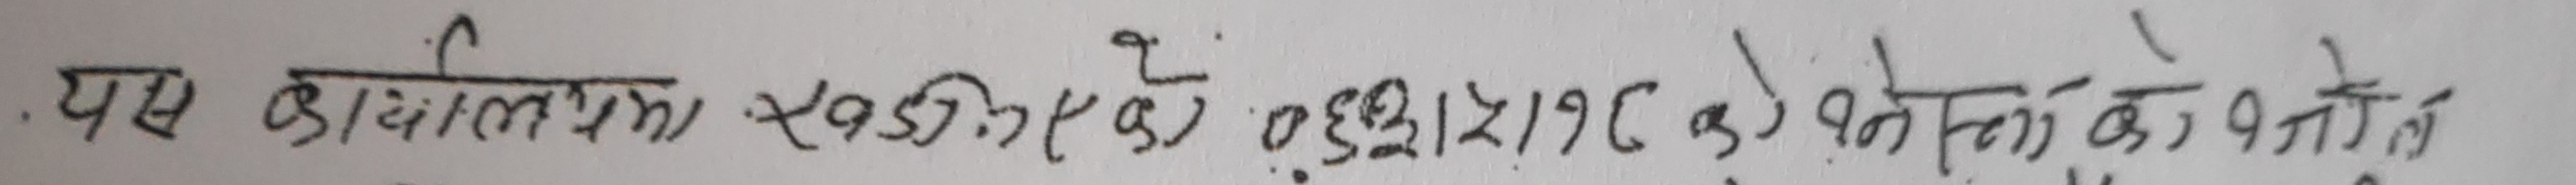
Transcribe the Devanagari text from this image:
. यस कार्यालयमा सञ्चालनको एउटा उद्देश्य १३१५/१८ को ने.वि.को.कानुन